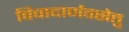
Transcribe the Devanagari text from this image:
विवादार्णवसेतु